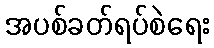
အပစ်ခတ်ရပ်စဲရေး